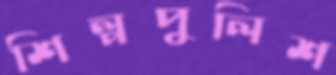
শিল্পপুলিশ